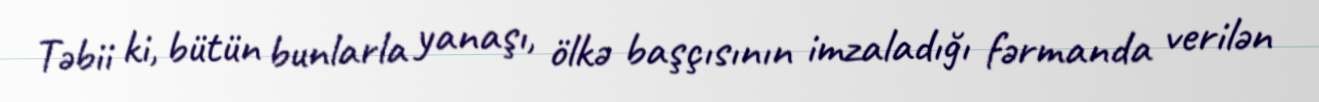
Təbii ki, bütün bunlarla yanaşı, ölkə başçısının imzaladığı fərmanda verilən